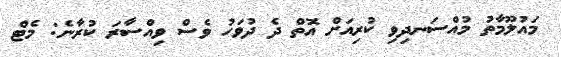
މައުލޫމާތު މުއްސަނދިވި ކުރިއަށް އޮތް ދެ ދުވަހު ވެސް ވިއްސާރަ ކުރާނެ: މެޓް